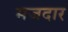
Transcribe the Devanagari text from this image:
मजदार